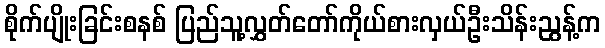
စိုက်ပျိုးခြင်းစနစ် ပြည်သူ့လွှတ်တော်ကိုယ်စားလှယ်ဦးသိန်းညွန့်က